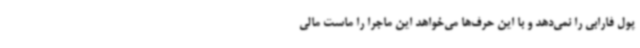
پول فارابی را نمی‌دهد و با این حرف‌ها می‌خواهد این ماجرا را ماست مالی